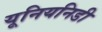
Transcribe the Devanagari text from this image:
यूनियनिडी